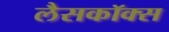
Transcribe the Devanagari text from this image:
लैसकॉक्स